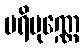
ပရိပုဏ္ဏေ